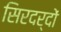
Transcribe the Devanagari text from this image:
सिरदर्दों